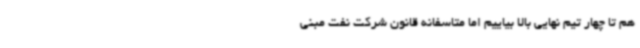
هم تا چهار تیم نهایی بالا بیاییم اما متاسفانه قانون شرکت نفت مبنی